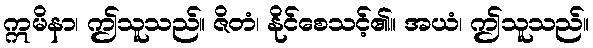
ဣမိနာ၊ ဤသူသည်။ ဇိတံ၊ နိုင်စေသင့်၏။ အယံ၊ ဤသူသည်။